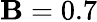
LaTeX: \mathbf{B}=0.7